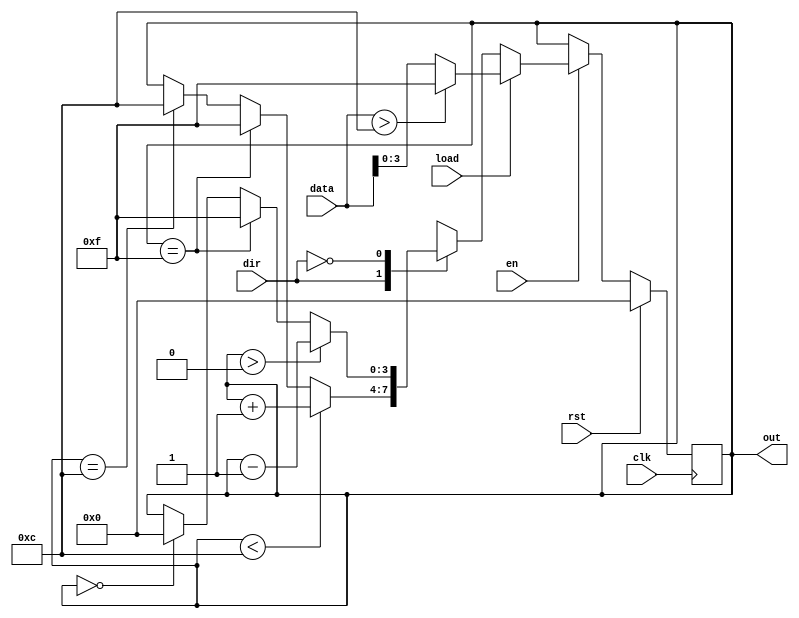
`timescale 1ns / 1ps
//////////////////////////////////////////////////////////////////////////////////
// Company: 
// Engineer: 
// 
// Design Name: 
// Module Name: lab2_1test
// Project Name: 
// Target Devices: 
// Tool Versions: 
// Description: 
// 
// Dependencies: 
// 
// Revision:
// Revision 0.01 - File Created
// Additional Comments:
// 
//////////////////////////////////////////////////////////////////////////////////


module lab2_1test(
       input clk, 
       input rst,
       input en, 
       input dir,
       input load,
       input [5:0] data, 
       output [3:0] out
    );
    
reg [3:0] temp =0;
    
    always@(negedge clk) begin
       if(rst == 1'b1) begin
      temp = 4'b0000;
      end
     else begin
       if(en == 1'b0) begin
      temp = temp;
      end 
       else if(en == 1'b1) begin
            if(load == 1'b0) begin 
              case(dir) 
                     1'b1: begin
                       if(temp < 4'b1100) 
                           temp = temp + 1;
                       else if(temp == 4'b1111)
                           temp = 4'b1111;
                       else if(temp == 4'b1100) 
                           temp = 4'b1100;   
                     end
                     1'b0: begin
                       if(temp > 4'b0000) 
                           temp = temp - 1;
                        else if(temp == 4'b1111)
                           temp = 4'b1111;
                       else if(temp == 4'b0000) 
                           temp = 4'b0000;   
                     end
              endcase
            end
            else if(load == 1'b1) begin
                   if(data > 4'b1100)
                          temp = 4'b1111;
                   else
                          temp = data;
           end
        end      
      end
    end
    
   assign out = temp;
   
endmodule